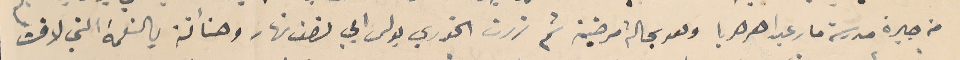
من جيرة مدرسة مار عبدا هرهريا وهد بحالة مرضية ثم زرت الخوري بولس ابي نصف نهار وهنأتة بالنعمة التي لاقت